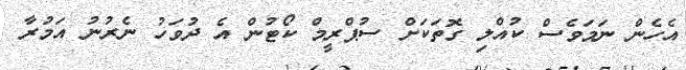
އެހެން ނަމަވެސް ކުއްލި ގޮތަކަށް ސުޕްރީމް ކޯޓުން އެ ދުވަހު ނެރުނު އަމުރާ